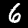
Digit: 6